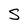
Character: S